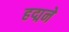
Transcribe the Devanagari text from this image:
हद्मने